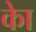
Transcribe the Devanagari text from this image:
काेे